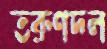
তরুণদল